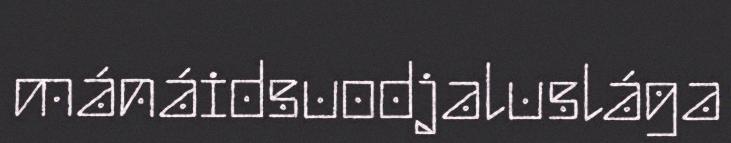
mánáidsuodjaluslága